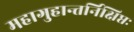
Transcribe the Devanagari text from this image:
महागुहान्तर्निक्षिप्तः